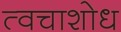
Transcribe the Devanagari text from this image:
त्वचाशोध